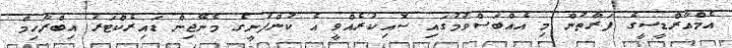
އެމްއާރްޑީސީގެ ފަރާތުން މި އެއްބަސްވުމުގައި ސޮއިކުރެއްވީ އެ ކުންފުނީގެ މެނޭޖިން ޑައިރެކްޓަރު އިބްރާހިމް